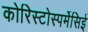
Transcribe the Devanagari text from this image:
कोरिस्टोस्पर्मेसिई